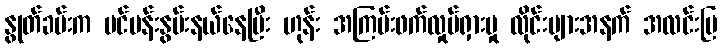
နွုတ်ခမ်းက ပင်ပန်းနွမ်းနယ်နေပြီး ဟုန်း အကြမ်းဖက်လှုပ်ရှားမှု လိုင်းများအနက် အလင်းပြ